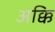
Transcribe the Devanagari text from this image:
अक्कि